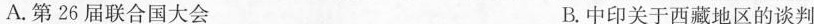
A.第26届联合国大会 B.中印关于西藏地区的谈判